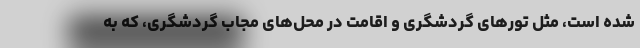
شده است، مثل تورهای گردشگری و اقامت در محل‌های مجاب گردشگری، که به